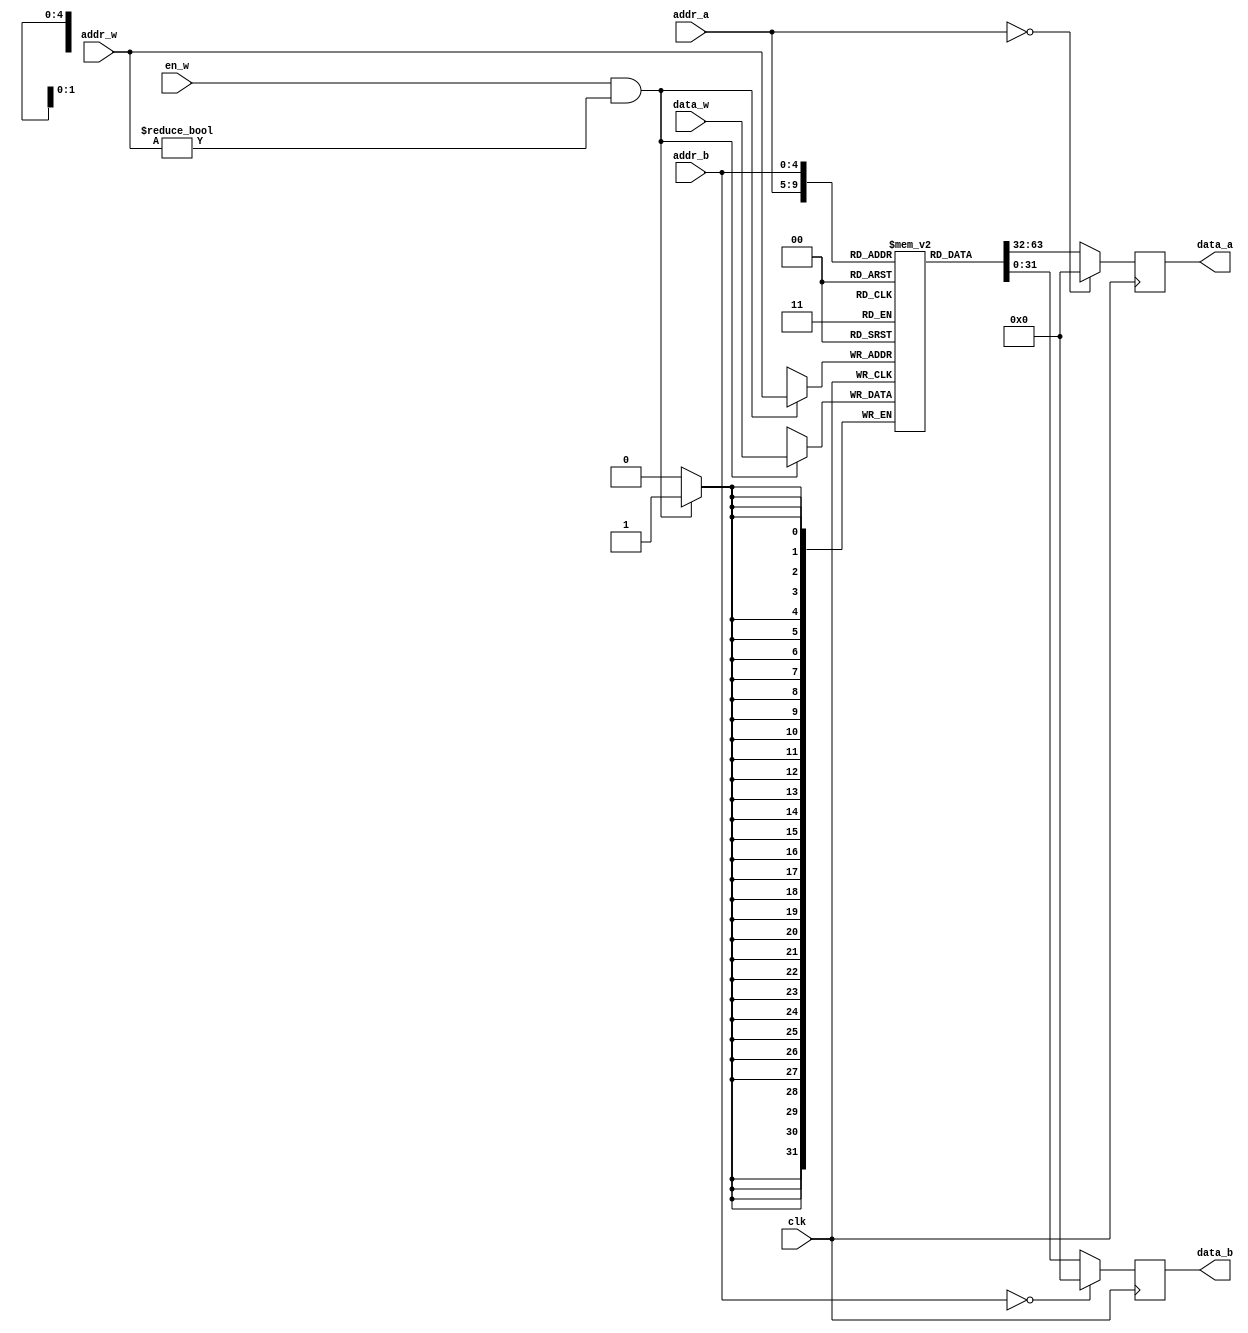
module regfile (
	input wire clk,  // main clock
	// debug
	`ifdef DEBUG
	input wire [4:0] debug_addr,  // debug address
	output reg [31:0] debug_data,  // debug data
	`endif
	// read channel A
	input wire [4:0] addr_a,
	output reg [31:0] data_a,
	// read channel B
	input wire [4:0] addr_b,
	output reg [31:0] data_b,
	// write channel W
	input wire en_w,
	input wire [4:0] addr_w,
	input wire [31:0] data_w
	);
	
	reg [31:0] regfile [1:31];  // $zero is always zero
	
	// write
	always @(posedge clk) begin
		if (en_w && addr_w != 0)
			regfile[addr_w] <= data_w;
	end
	
	// read
	always @(negedge clk) begin
		data_a <= addr_a == 0 ? 0 : regfile[addr_a];
		data_b <= addr_b == 0 ? 0 : regfile[addr_b];
	end
	
	// debug
	`ifdef DEBUG
	always @(negedge clk) begin
		debug_data <= debug_addr == 0 ? 0 : regfile[debug_addr];
	end
	`endif
	
	/*
	// write
	always @(negedge clk) begin
		if (en_w && addr_w != 0)
			regfile[addr_w] <= data_w;
	end
	
	wire [31:0] da, db;
	assign
		da = regfile[addr_a],
		db = regfile[addr_b];
	
	// read
	always @(*) begin
		data_a = addr_a == 0 ? 0 : da;
		data_b = addr_b == 0 ? 0 : db;
	end
	
	// debug
	`ifdef DEBUG
	wire [31:0] dd;
	assign
		dd = regfile[debug_addr];
	
	always @(*) begin
		debug_data = debug_addr == 0 ? 0 : dd;
	end
	`endif
	*/
	
endmodule